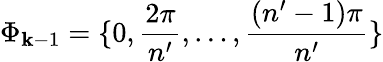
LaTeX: \Phi_{\mathbf{k}-1}=\{ 0,\frac{{2\pi}}{{n^{\prime}}},\dots,\frac{{(n^{\prime}-1)\pi}}{{n^{\prime}}}\}